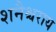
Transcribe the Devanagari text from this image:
शनैश्चराय